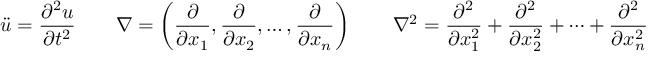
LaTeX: { \ddot { u } } = { \frac { \partial ^ { 2 } u } { \partial t ^ { 2 } } } \quad \quad \nabla = \left( { \frac { \partial } { \partial x _ { 1 } } } , { \frac { \partial } { \partial x _ { 2 } } } , \ldots , { \frac { \partial } { \partial x _ { n } } } \right) \quad \quad \nabla ^ { 2 } = { \frac { \partial ^ { 2 } } { \partial x _ { 1 } ^ { 2 } } } + { \frac { \partial ^ { 2 } } { \partial x _ { 2 } ^ { 2 } } } + \cdots + { \frac { \partial ^ { 2 } } { \partial x _ { n } ^ { 2 } } }